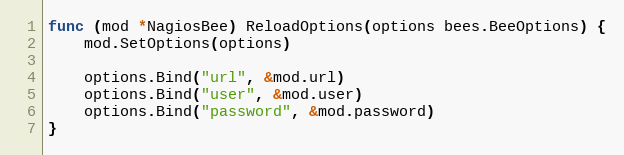
Language: Go
func (mod *NagiosBee) ReloadOptions(options bees.BeeOptions) {
	mod.SetOptions(options)

	options.Bind("url", &mod.url)
	options.Bind("user", &mod.user)
	options.Bind("password", &mod.password)
}